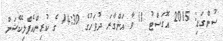
ސުންގަޑި: 2015 އޮގަސްޓު 11 ވާ އަންގާރަ ދުވަހުގެ 14:30 ގެ ކުރިންއެޕްލިކޭޝަން